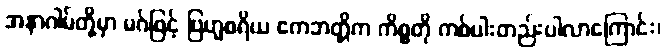
အနာဂါမ်တို့မှာ မဂ်ဖြင့် ဗြဟ္မစရိယ ဧကဘတ္တိက ကိစ္စတို ကစ်ပါးတည်းပါလာကြောင်း၊